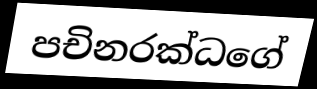
පචිනරක්ධගේ